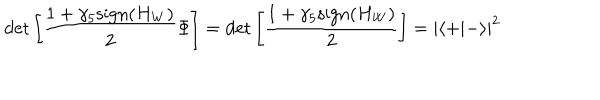
\det \left[ \frac { 1 + \gamma _ { 5 } \mathrm { s i g n } { ( H _ { W } ) } } { 2 } \Phi \right] = \det \left[ \frac { 1 + \gamma _ { 5 } \mathrm { s i g n } { ( H _ { W } ) } } { 2 } \right] = | \langle + | - \rangle | ^ { 2 }